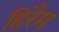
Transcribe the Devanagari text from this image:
हिरैम